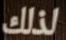
لذلك